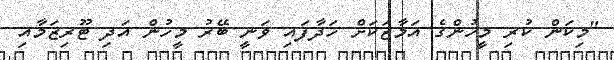
"މިކަން ކުރި މީހުންގެ އަމާޒަކަށް ހަދާފައި ވަނީ ބޭރު މީހުން އަދި ޓޫރިޒަމާއި